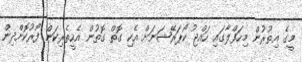
މީގެ އިތުރުން މިހަފްލާގައި ހައްޖު ކޯޕަރޭޝަނަށް އެކި ގޮތް ގޮތުން އެހީތެރިކަން ފޯރުކޮށްދިން